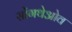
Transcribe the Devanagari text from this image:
सोंगथेओव